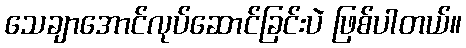
သေချာအောင်လုပ်ဆောင်ခြင်းပဲ ဖြစ်ပါတယ်။